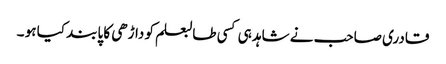
قادری صاحب نے شاہد ہی کسی طالبعلم کو داڑھی کا پابند کیا ہو ۔